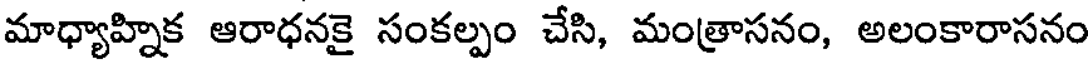
మాధ్యాహ్నిక ఆరాధనకై సంకల్పం చేసి, మంత్రాసనం, అలంకారాసనం